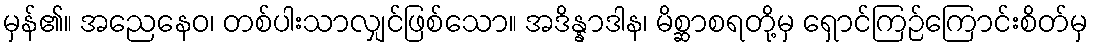
မှန်၏။ အညေနေဝ၊ တစ်ပါးသာလျှင်ဖြစ်သော။ အဒိန္နာဒါန၊ မိစ္ဆာစရတို့မှ ရှောင်ကြဉ်ကြောင်းစိတ်မှ